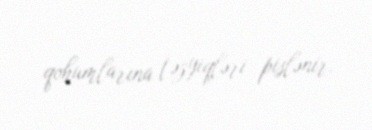
qohumlarına təzyiqləri pislənir.